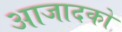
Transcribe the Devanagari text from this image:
आजादको